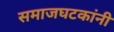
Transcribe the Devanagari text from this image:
समाजघटकांनी